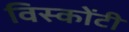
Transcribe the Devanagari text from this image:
विस्कोंटी